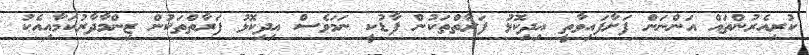
ކުރިއެރުންތައް އަންނަން ފަށާފައިވާތީ އިދިކޮޅު ފަރާތްތަކުން ފާޑުކީ ނަމަވެސް އިދިކޮޅު ފަރާތްތަކުން ޒިންމާދާރުކަމާއިއެކު